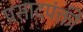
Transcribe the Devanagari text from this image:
प्रसादपंक्ती